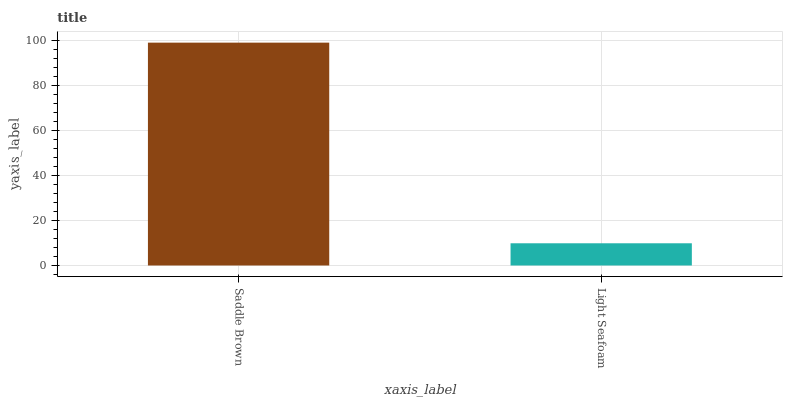
| xaxis_label | bars |
 | --- | --- |
 | Saddle Brown | 99 |
 | Light Seafoam | 9.87 |